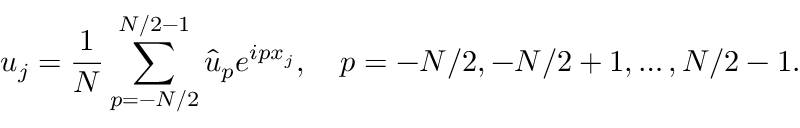
{ u } _ { j } = \frac { 1 } { N } \sum _ { p = - N / 2 } ^ { N / 2 - 1 } \hat { u } _ { p } e ^ { i p x _ { j } } , \quad p = - N / 2 , - N / 2 + 1 , \dots , N / 2 - 1 .